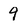
Character: 9